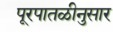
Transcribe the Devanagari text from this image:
पूरपातळीनुसार